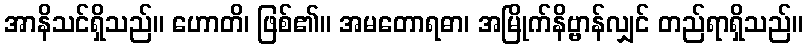
အာနိသင်ရှိသည်။ ဟောတိ၊ ဖြစ်၏။ အမတောရဓာ၊ အမြိုက်နိဗ္ဗာန်လျှင် တည်ရာရှိသည်။